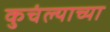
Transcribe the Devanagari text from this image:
कुचंल्याच्या